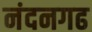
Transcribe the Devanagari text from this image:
नंदनगढ